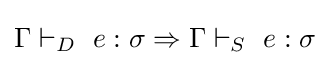
\Gamma \vdash _{D}\ e:\sigma \Rightarrow \Gamma \vdash _{S}\ e:\sigma